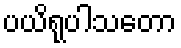
ပယိရုပါသတော